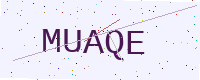
Text: MUAQE